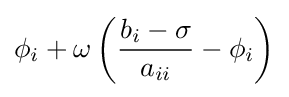
\phi _{i}+\omega \left({\frac {b_{i}-\sigma }{a_{ii}}}-\phi _{i}\right)